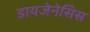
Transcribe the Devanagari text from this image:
डायजेनेसिस